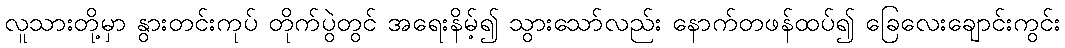
လူသားတို့မှာ နွားတင်းကုပ် တိုက်ပွဲတွင် အရေးနိမ့်၍ သွားသော်လည်း နောက်တဖန်ထပ်၍ ခြေလေးချောင်းကွင်း